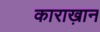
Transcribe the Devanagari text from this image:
काराख़ान